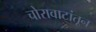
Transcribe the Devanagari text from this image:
चोरावाटांतून